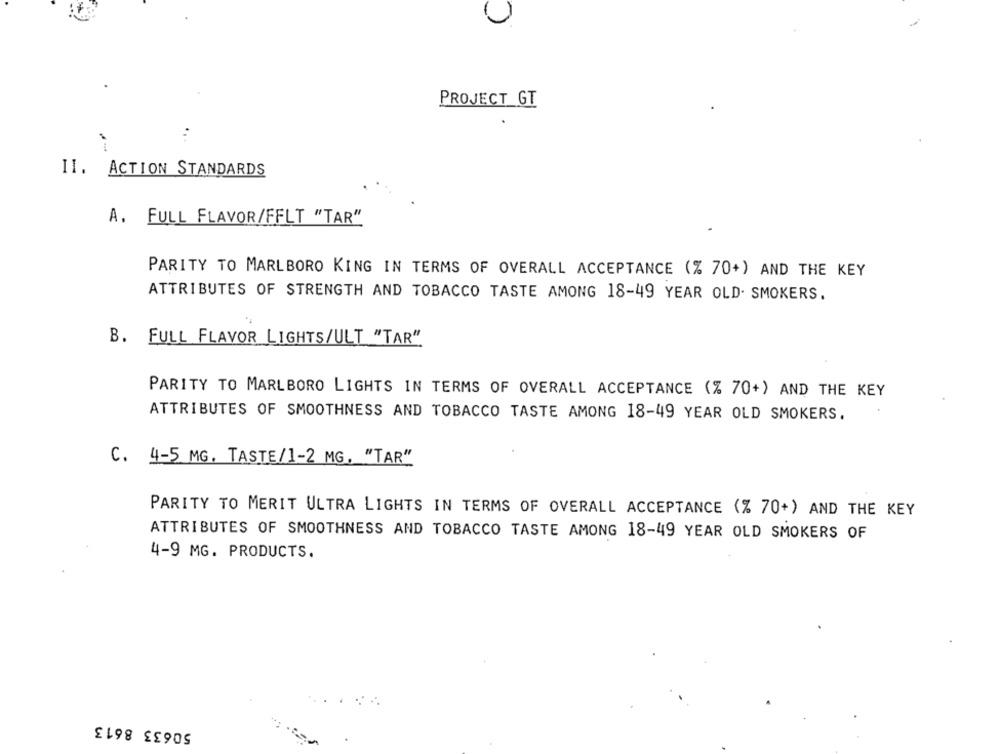
PROJECT_GT
II. ACTION STANDARDS
A. FULL FLAVOR/FFLT "TAR"
PARITY TO MARLBORO KING IN TERMS OF OVERALL ACCEPTANCE (% 70+) AND THE KEY
ATTRIBUTES OF STRENGTH AND TOBACCO TASTE AMONG 18-49 YEAR OLD. SMOKERS.
B. FULL FLAVOR LIGHTS/ULT "TAR"
PARITY TO MARLBORO LIGHTS IN TERMS OF OVERALL ACCEPTANCE (% 70+) AND THE KEY
ATTRIBUTES OF SMOOTHNESS AND TOBACCO TASTE AMONG 18-49 YEAR OLD SMOKERS.
C. 4-5 MG. TASTE/1-2 MG. "TAR"
PARITY TO MERIT ULTRA LIGHTS IN TERMS OF OVERALL ACCEPTANCE (% 70+) AND THE KEY
ATTRIBUTES OF SMOOTHNESS AND TOBACCO TASTE AMONG 18-49 YEAR OLD SMOKERS OF
4-9 MG. PRODUCTS.
50633 8613